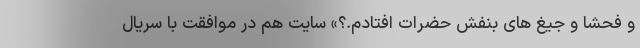
و فحشا و جیغ های بنفش حضرات افتادم.؟» سایت هم در موافقت با سریال